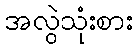
အလွဲသုံးစား